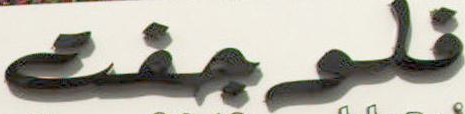
فلوجنت